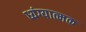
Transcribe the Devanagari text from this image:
ध्यंग्यात्मक